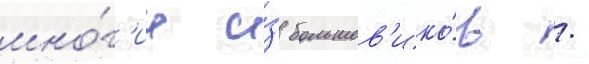
мно́г'ие и́з большев'ико́в /